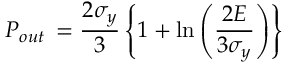
P _ { o u t } \, = \frac { 2 \sigma _ { y } } { 3 } \left\{ 1 + \ln \left( \frac { 2 E } { 3 \sigma _ { y } } \right) \right\}